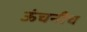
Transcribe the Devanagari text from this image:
ऊंचनीच